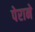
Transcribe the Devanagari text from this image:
पेराने